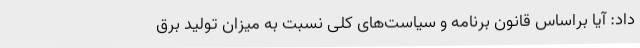
داد: آیا براساس قانون برنامه و سیاست‌های کلی نسبت به میزان تولید برق